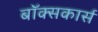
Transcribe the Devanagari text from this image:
बॉक्सकार्स